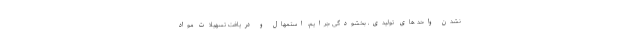
نشدن واحد های تولیدی، بخشودگی جرایم، استمهال و دریافت تسهیلات مواد